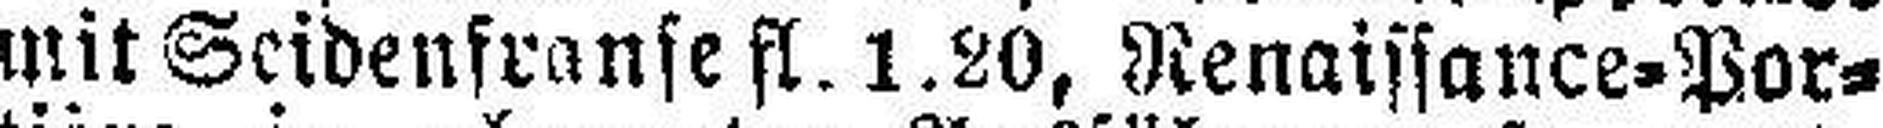
mit Seidenfranse fl. 1.20, Renaissance=Por¬